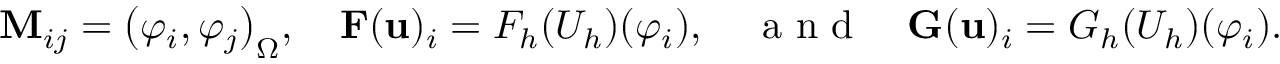
\mathbf { M } _ { i j } = \big ( \varphi _ { i } , \varphi _ { j } \big ) _ { \Omega } , \quad \mathbf { F } ( \mathbf { u } ) _ { i } = F _ { h } ( U _ { h } ) ( \varphi _ { i } ) , \quad \mathrm { ~ a ~ n ~ d ~ } \quad \mathbf { G } ( \mathbf { u } ) _ { i } = G _ { h } ( U _ { h } ) ( \varphi _ { i } ) .